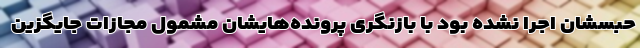
حبسشان اجرا نشده بود با بازنگری پرونده‌هایشان مشمول مجازات جایگزین